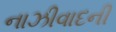
નાઝીવાદની